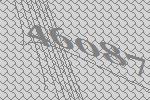
46087